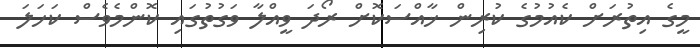
މީގެ އިތުރަށް ކެއުމުގެ ކުރިން ޚާއްސަކޮށް ރޯދަ ވީއްލާ ވަގުތުގައި ކޮންމެވެސް ކަހަލަ